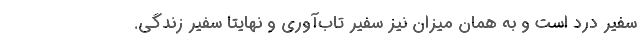
سفير درد است و به همان ميزان نيز سفير تاب‌آوري و نهايتا سفير زندگي.